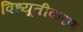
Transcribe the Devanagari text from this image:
विध्यूतीकरण